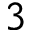
3